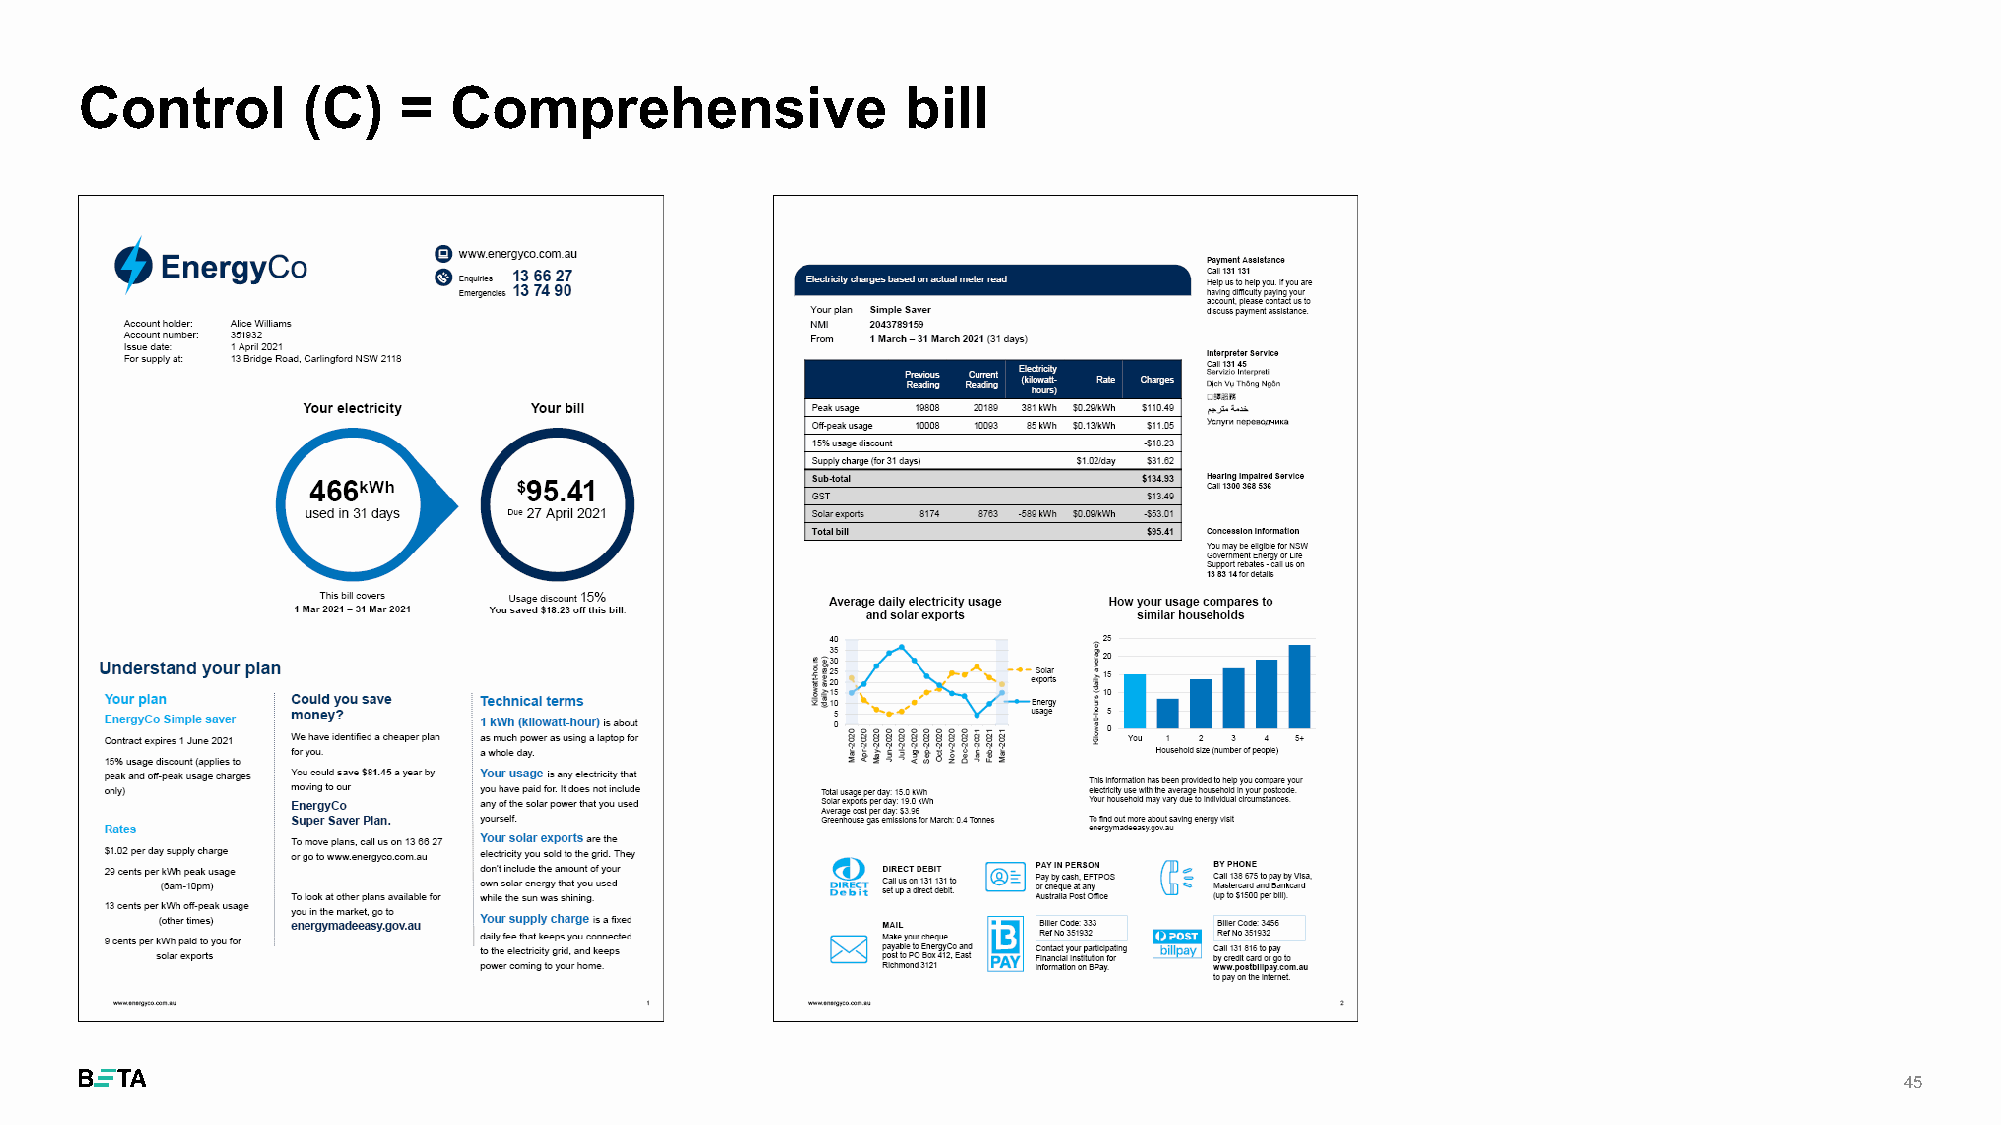
Control        (C)   =   Comprehensive                 bill
 45